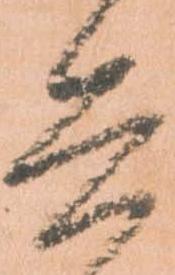
兵